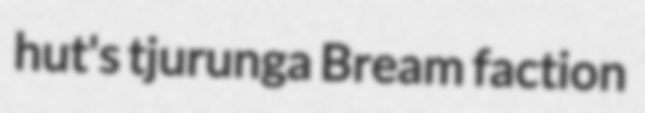
hut's tjurunga Bream faction